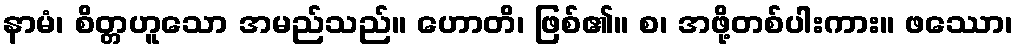
နာမံ၊ စိတ္တဟူသော အမည်သည်။ ဟောတိ၊ ဖြစ်၏။ စ၊ အဖို့တစ်ပါးကား။ ဖဿော၊